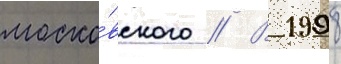
моско́вского // В 1998